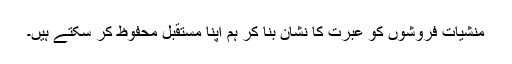
منشیات فروشوں کو عبرت کا نشان بنا کر ہم اپنا مستقبل محفوظ کر سکتے ہیں۔